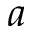
a